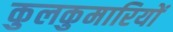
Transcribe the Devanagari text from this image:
कुलकुमारियों